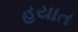
હયાત